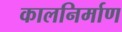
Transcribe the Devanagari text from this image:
कालनिर्माण